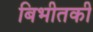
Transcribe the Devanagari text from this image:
बिभीतकी